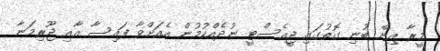
މީރާ އިން ބުނި ގޮތުގައި ޖީއެސްޓީ ނުދެއްކުމުން އެއަށްވާ ފައިސާ އާއި ޖޫރިމަނާ